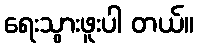
ရေးသွားဖူးပါ တယ်။